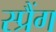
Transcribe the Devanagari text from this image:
स्प्रैंग